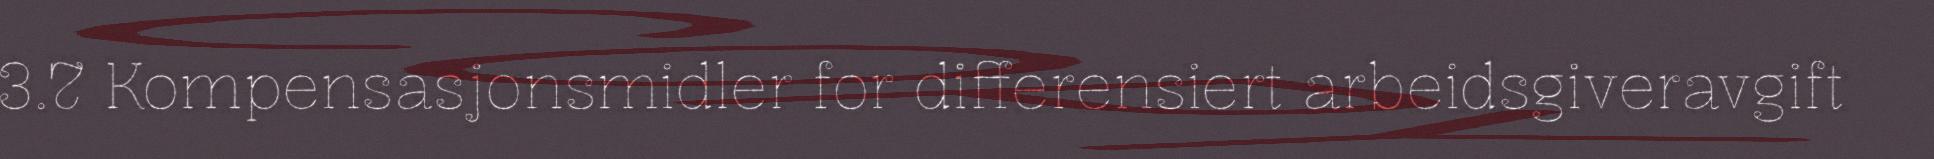
3.7 Kompensasjonsmidler for differensiert arbeidsgiveravgift